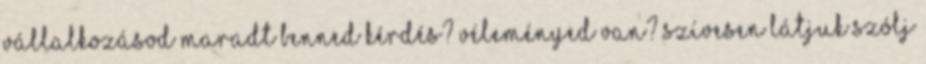
vállalkozásod Maradt benned kérdés? Véleményed van? Szívesen látjuk Szólj